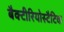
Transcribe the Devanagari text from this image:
बैक्टीरियोस्टैटिक